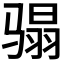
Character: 𩨌